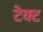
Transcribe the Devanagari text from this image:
टेक्ट